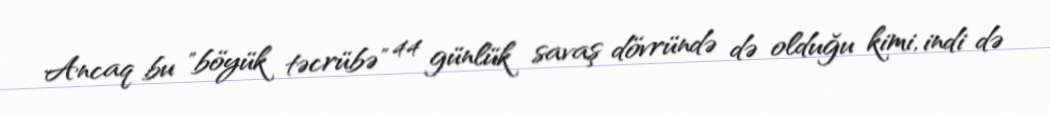
Ancaq bu "böyük təcrübə" 44 günlük savaş dövründə də olduğu kimi, indi də